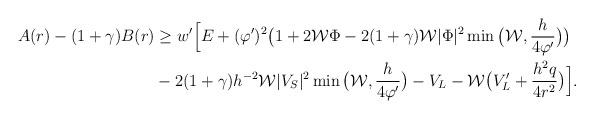
LaTeX: \begin{align*} A(r)-(1 + \gamma)B(r)&\geq w'\Big[ E+(\varphi')^2\big(1+2\mathcal{W}\Phi - 2(1 + \gamma) \mathcal{W}|\Phi|^2 \min \big( \mathcal{W}, \frac{h}{4 \varphi'} \big)\big) \\&-2(1 + \gamma)h^{-2}\mathcal{W} |V_S|^2 \min \big( \mathcal{W}, \frac{h}{4 \varphi'} \big)-V_L-\mathcal{W} \big(V'_L + \frac{h^2q}{4r^2}\big)\Big].\end{align*}